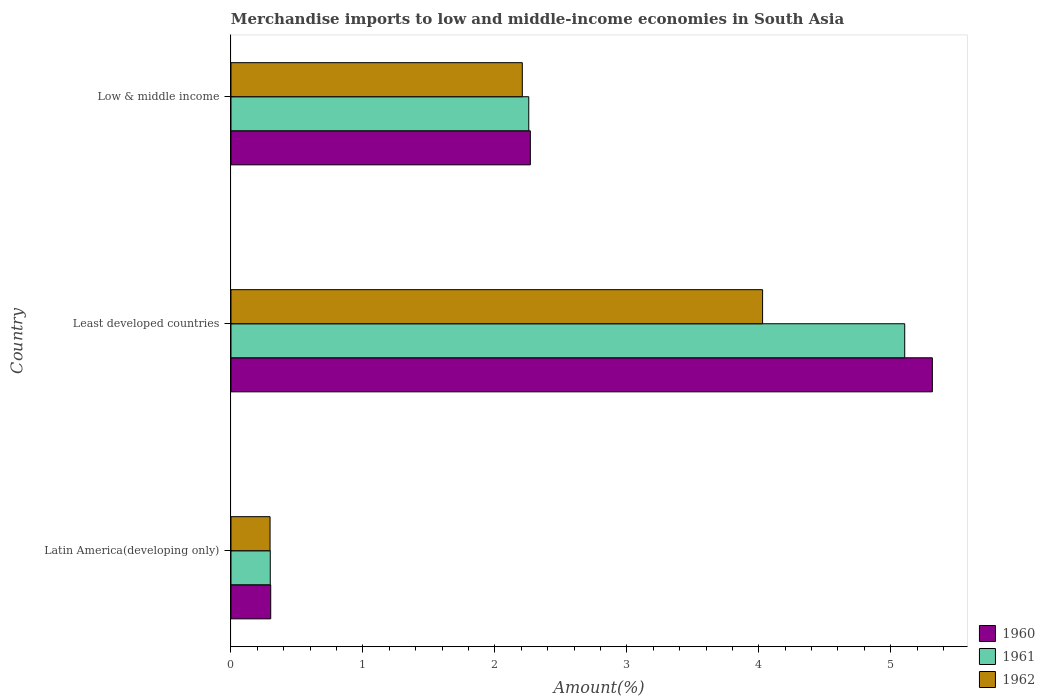
| Country | 1960 | 1961 | 1962 |
 | --- | --- | --- | --- |
 | Latin America(developing only) | 0.301 | 0.298 | 0.296 |
 | Least developed countries | 5.32 | 5.11 | 4.03 |
 | Low & middle income | 2.27 | 2.26 | 2.21 |